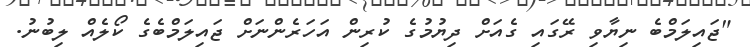
"ޖައިލަމްބެ ނިޔާވި ރޭގައި ގެއަށް ދިޔުމުގެ ކުރިން އަހަރެންނަށް ޖައިލަމްބެގެ ކޯލެއް ލިބުނު.